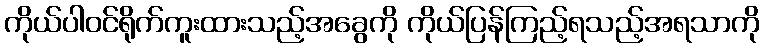
ကိုယ်ပါဝင်ရိုက်ကူးထားသည့်အခွေကို ကိုယ်ပြန်ကြည့်ရသည့်အရသာကို